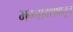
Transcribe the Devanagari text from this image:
भग्नावशेषातून